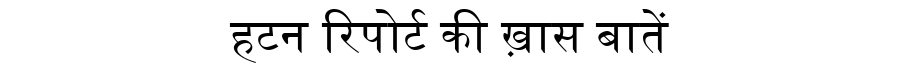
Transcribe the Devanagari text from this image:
हटन रिपोर्ट की ख़ास बातें